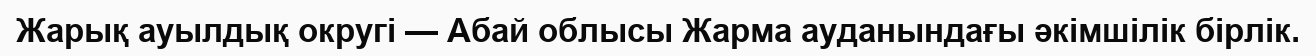
Жарық ауылдық округі — Абай облысы Жарма ауданындағы әкімшілік бірлік.